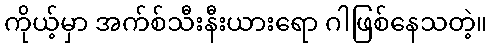
ကိုယ့်မှာ အက်စ်သီးနီးယားရော ဂါဖြစ်နေသတဲ့။